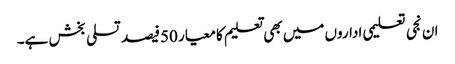
ان نجی تعلیمی اداروں میں بھی تعلیم کا معیار 50فیصد تسلی بخش ہے۔